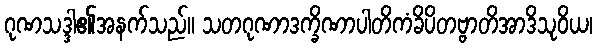
ဂုဏသဒ္ဒါ၏အနက်သည်။ သတဂုဏာဒက္ခိဏာပါတိကံခိပိတဗ္ဗာတိအာဒိသုဝိယ၊